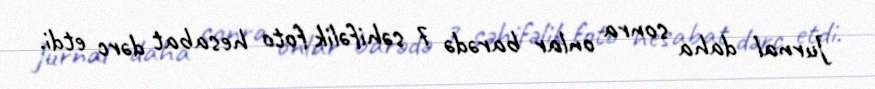
Jurnal daha sonra onlar barədə 7 səhifəlik foto hesabat dərc etdi.